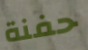
حفنة